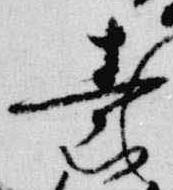
素